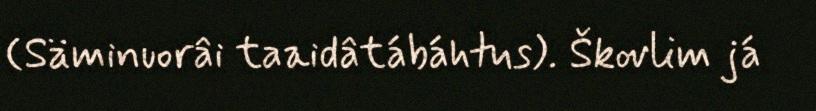
(Säminuorâi taaidâtábáhtus). Škovlim já